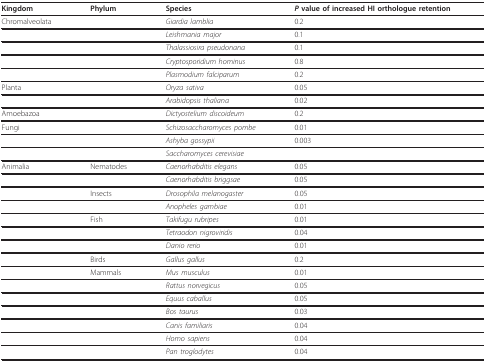
<table><thead><tr><td><b>Kingdom</b></td><td><b>Phylum</b></td><td><b>Species</b></td><td><b><i>P </i>value of increased HI orthologue retention</b></td></tr></thead><tbody><tr><td>Chromalveolata</td><td></td><td><i>Giardia lamblia</i></td><td>0.2</td></tr><tr><td></td><td></td><td><i>Leishmania major</i></td><td>0.1</td></tr><tr><td></td><td></td><td><i>Thalassiosira pseudonana</i></td><td>0.1</td></tr><tr><td></td><td></td><td><i>Cryptosporidium hominus</i></td><td>0.8</td></tr><tr><td></td><td></td><td><i>Plasmodium falciparum</i></td><td>0.2</td></tr><tr><td>Planta</td><td></td><td><i>Oryza sativa</i></td><td>0.05</td></tr><tr><td></td><td></td><td><i>Arabidopsis thaliana</i></td><td>0.02</td></tr><tr><td>Amoebazoa</td><td></td><td><i>Dictyostelium discoideum</i></td><td>0.2</td></tr><tr><td>Fungi</td><td></td><td><i>Schizosaccharomyces pombe</i></td><td>0.01</td></tr><tr><td></td><td></td><td><i>Ashyba gossypii</i></td><td>0.003</td></tr><tr><td></td><td></td><td><i>Saccharomyces cerevisiae</i></td><td></td></tr><tr><td>Animalia</td><td>Nematodes</td><td><i>Caenorhabditis elegans</i></td><td>0.05</td></tr><tr><td></td><td></td><td><i>Caenorhabditis briggsae</i></td><td>0.05</td></tr><tr><td></td><td>Insects</td><td><i>Drosophila melanogaster</i></td><td>0.05</td></tr><tr><td></td><td></td><td><i>Anopheles gambiae</i></td><td>0.01</td></tr><tr><td></td><td>Fish</td><td><i>Takifugu rubripes</i></td><td>0.01</td></tr><tr><td></td><td></td><td><i>Tetraodon nigroviridis</i></td><td>0.04</td></tr><tr><td></td><td></td><td><i>Danio rerio</i></td><td>0.01</td></tr><tr><td></td><td>Birds</td><td><i>Gallus gallus</i></td><td>0.2</td></tr><tr><td></td><td>Mammals</td><td><i>Mus musculus</i></td><td>0.01</td></tr><tr><td></td><td></td><td><i>Rattus norvegicus</i></td><td>0.05</td></tr><tr><td></td><td></td><td><i>Equus caballus</i></td><td>0.05</td></tr><tr><td></td><td></td><td><i>Bos taurus</i></td><td>0.03</td></tr><tr><td></td><td></td><td><i>Canis familiaris</i></td><td>0.04</td></tr><tr><td></td><td></td><td><i>Homo sapiens</i></td><td>0.04</td></tr><tr><td></td><td></td><td><i>Pan troglodytes</i></td><td>0.04</td></tr></tbody></table>